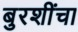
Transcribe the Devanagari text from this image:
बुरशींचा